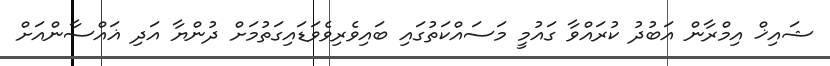
ޝައިޚް އިމްރާން އަބުދު ކުރައްވާ ގައުމީ މަސައްކަތުގައި ބައިވެރިވެވަޑައިގަތުމަށް ދުންޔާ އަދި ޣައްސާންއަށް